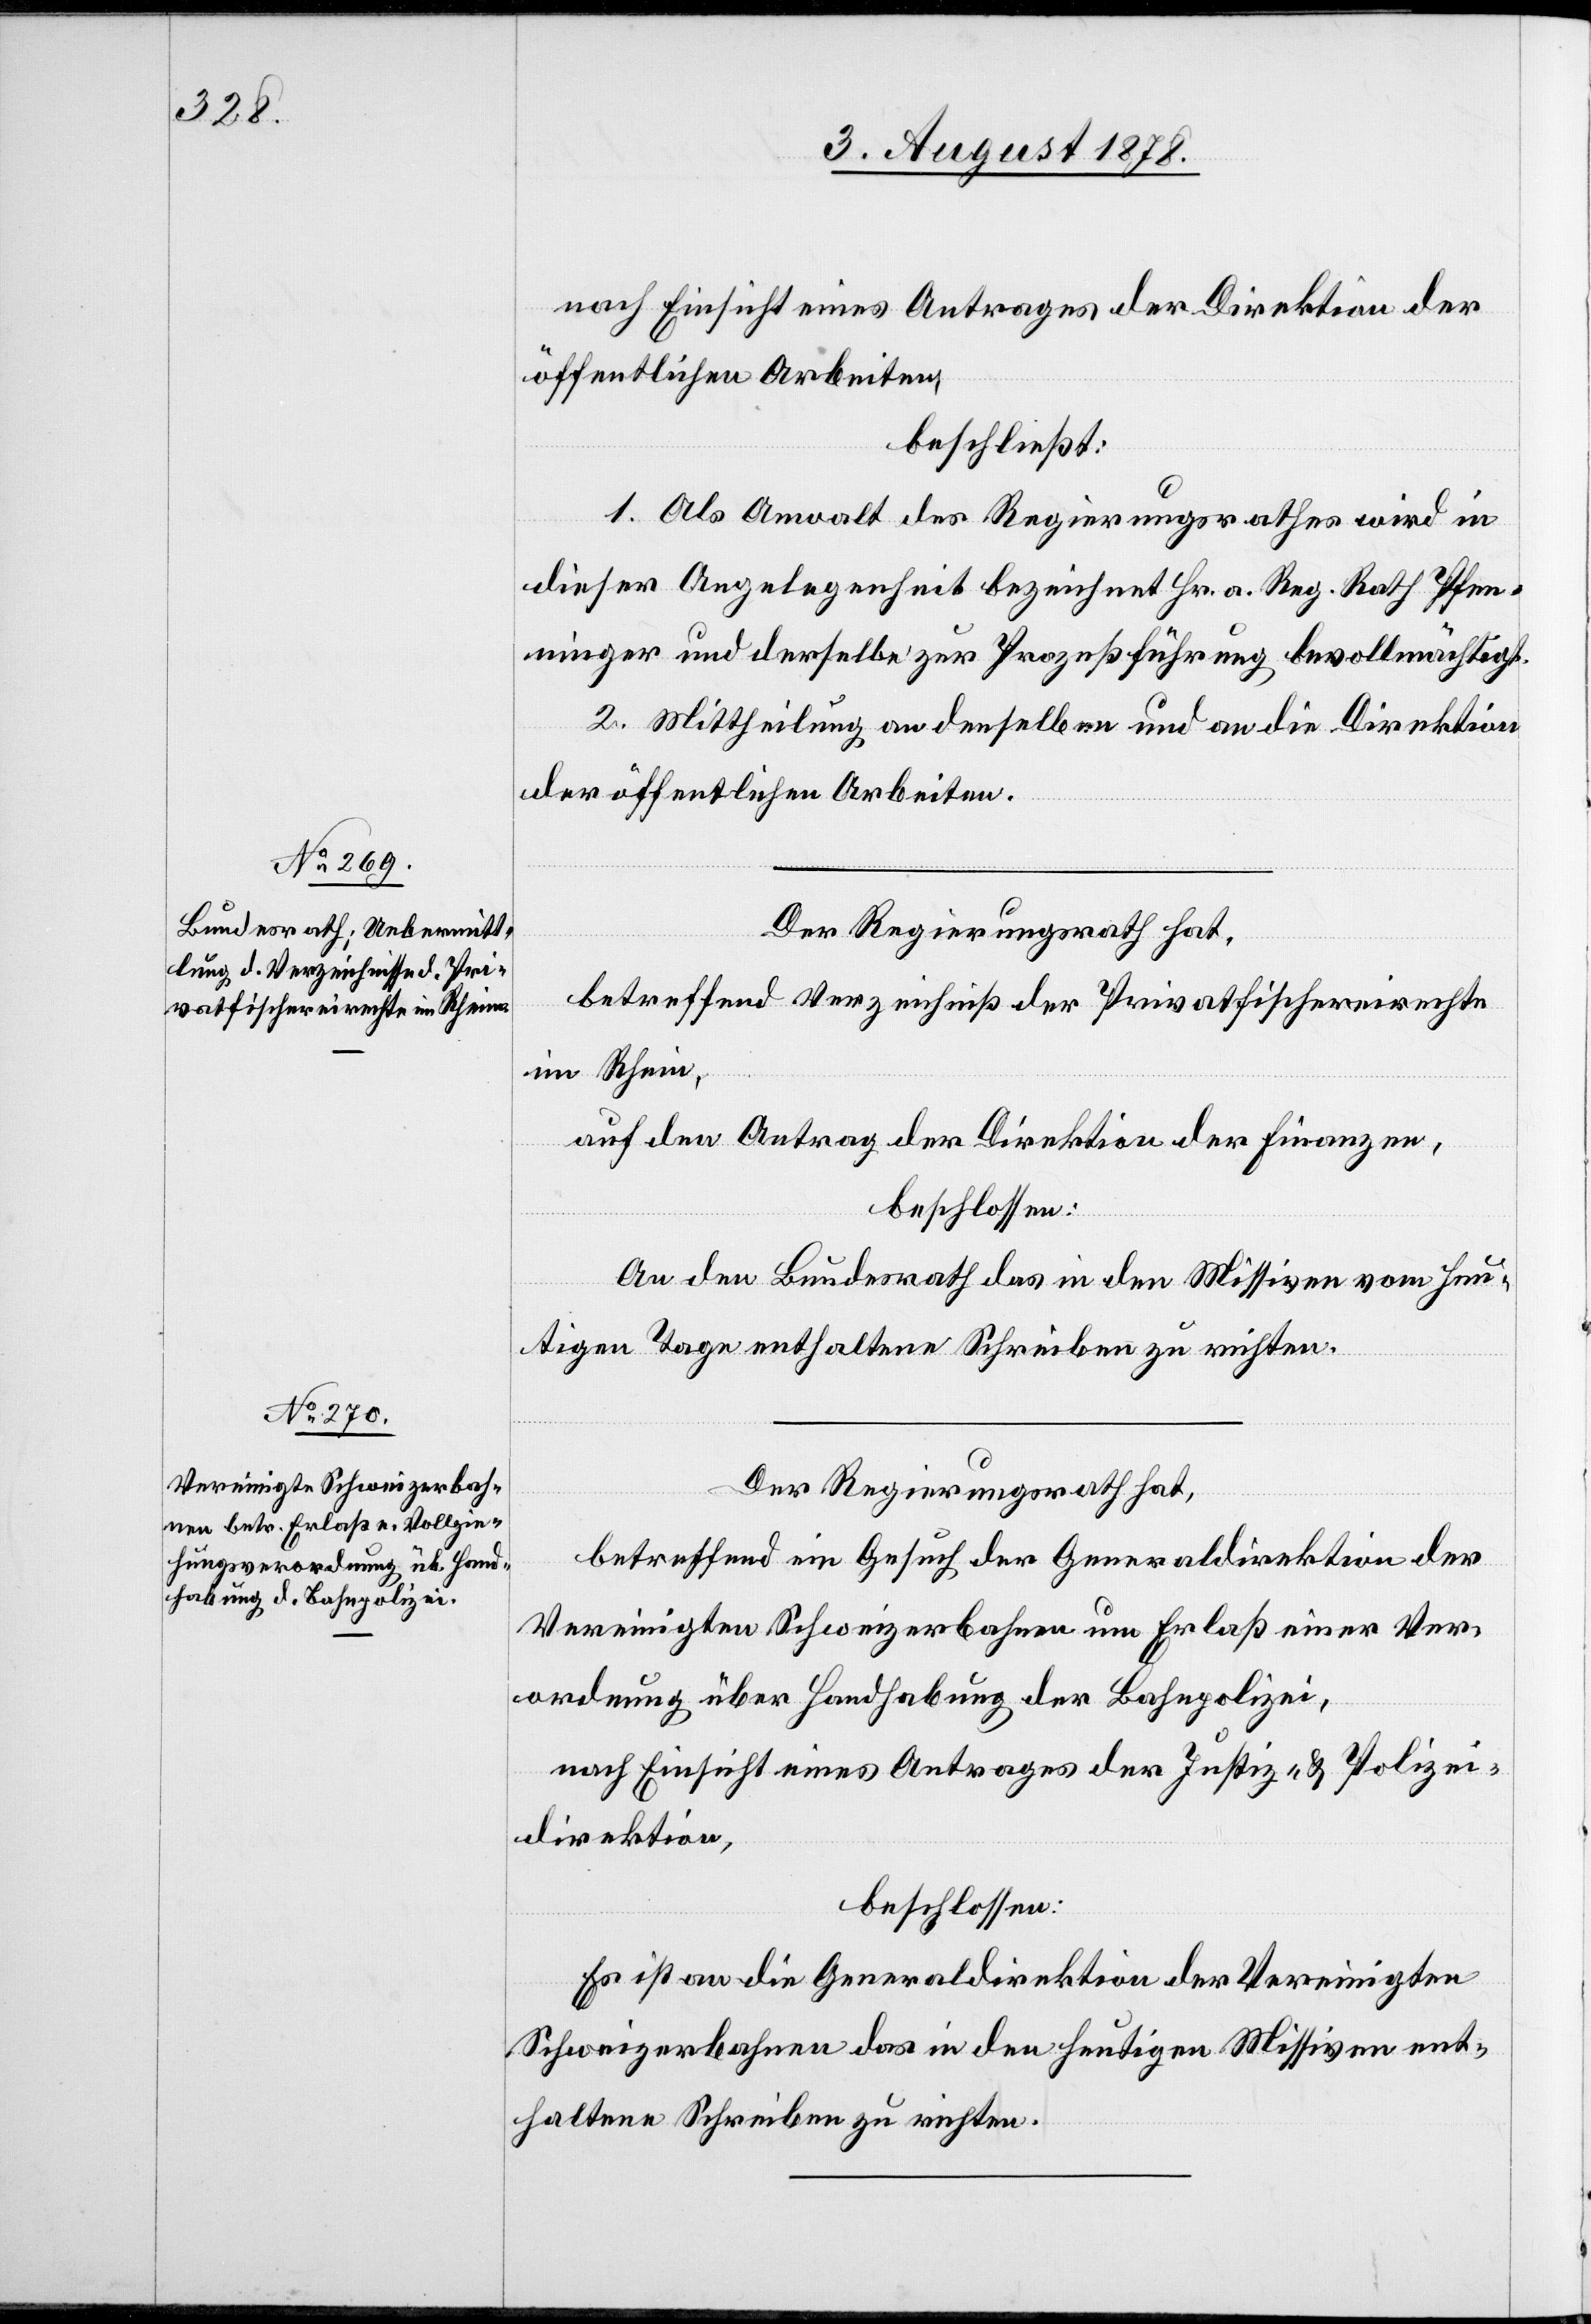
nach Einsicht eines Antrages der Direktion der
öffentlichen Arbeiten,
beschließt:
1. Als Anwalt des Regierungsrathes wird in
dieser Angelegenheit bezeichnet Hr. a. Reg. Rath Pfen¬
ninger und derselbe zur Prozessführung bevollmächtigt.
2. Mittheilung an denselben und an die Direktion
der öffentlichen Arbeiten.
Der Regierungsrath hat,
betreffend Verzeichniß der Privatfischereirechte
im Rhein,
auf den Antrag der Direktion der Finanzen,
beschlossen:
An den Bundesrath das in den Missiven vom heu¬
tigen Tage enthaltene Schreiben zu richten.
Der Regierungsrath hat,
betreffend ein Gesuch der Generaldirektion der
Vereinigten Schweizerbahnen um Erlaß einer Ver¬
ordnung über Handhabung der Bahnpolizei,
nach Einsicht eines Antrages der Justiz- & Polizei¬
direktion,
beschlossen:
Es ist an die Generaldirektion der Vereinigten
Schweizerbahnen das in den heutigen Missiven ent¬
haltene Schreiben zu richten.